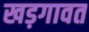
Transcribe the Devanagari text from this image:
खड़गावत